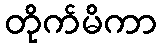
တိုက်မိကာ